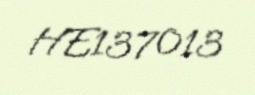
HE137013